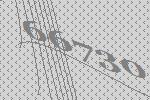
66730